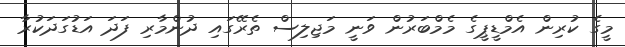
މީގެ ކުރިން އެމްޑީޕީގެ މެމްބަރުން ވަނީ މަޖިލިސް ތެރޭގައި ދުންމާރި ފަދަ އަޑުގަދަކުރާ